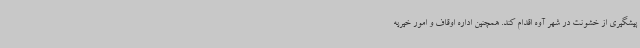
پیشگیری از خشونت در شهر آوه اقدام کند. همچنین اداره اوقاف و امور خیریه